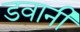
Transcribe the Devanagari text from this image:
डवानी